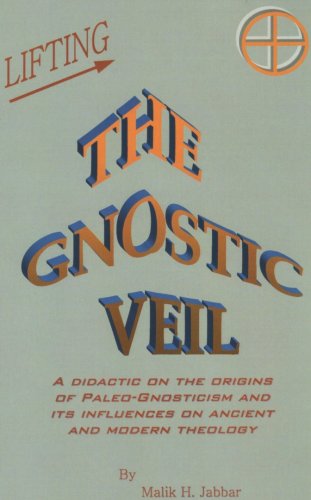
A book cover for Lifting The Gnostic Veil; Malik H. Jabbar; Christian Books & Bibles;